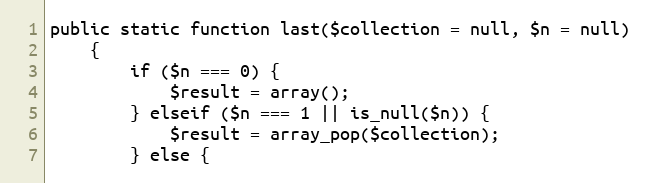
Language: PHP
public static function last($collection = null, $n = null)
    {
        if ($n === 0) {
            $result = array();
        } elseif ($n === 1 || is_null($n)) {
            $result = array_pop($collection);
        } else {